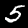
Digit: 5